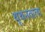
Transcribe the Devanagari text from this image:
थूथनवाला